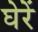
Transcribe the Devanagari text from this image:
घेरें